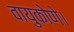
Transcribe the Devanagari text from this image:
वायुकोणे।